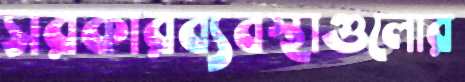
সরকারব্যবস্থাগুলোর